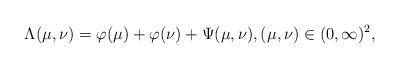
LaTeX: \begin{align*} \Lambda(\mu,\nu)=\varphi(\mu)+\varphi(\nu)+\Psi(\mu,\nu),(\mu,\nu)\in(0,\infty)^{2},\end{align*}